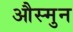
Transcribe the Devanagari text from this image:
औस्मुन